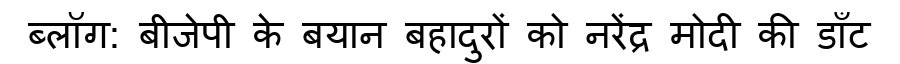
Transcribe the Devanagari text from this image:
ब्लॉग: बीजेपी के बयान बहादुरों को नरेंद्र मोदी की डाँट